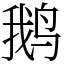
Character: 鹅